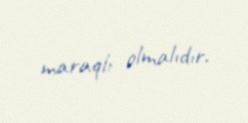
maraqlı olmalıdır.